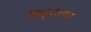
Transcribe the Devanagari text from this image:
विद्यारणय